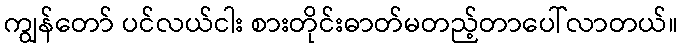
ကျွန်တော် ပင်လယ်ငါး စားတိုင်းဓာတ်မတည့်တာပေါ်လာတယ်။